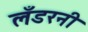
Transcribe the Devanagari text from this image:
लँडरनी